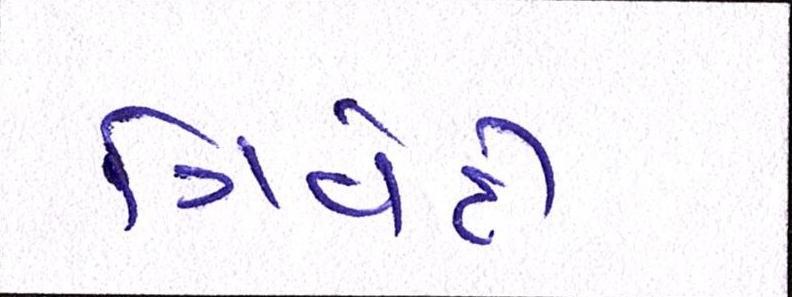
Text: ત્રિવેદી